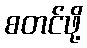
စတင်ဖို့